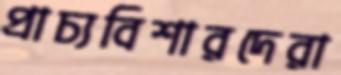
প্রাচ্যবিশারদেরা